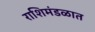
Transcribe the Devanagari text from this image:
राशिमंडळात